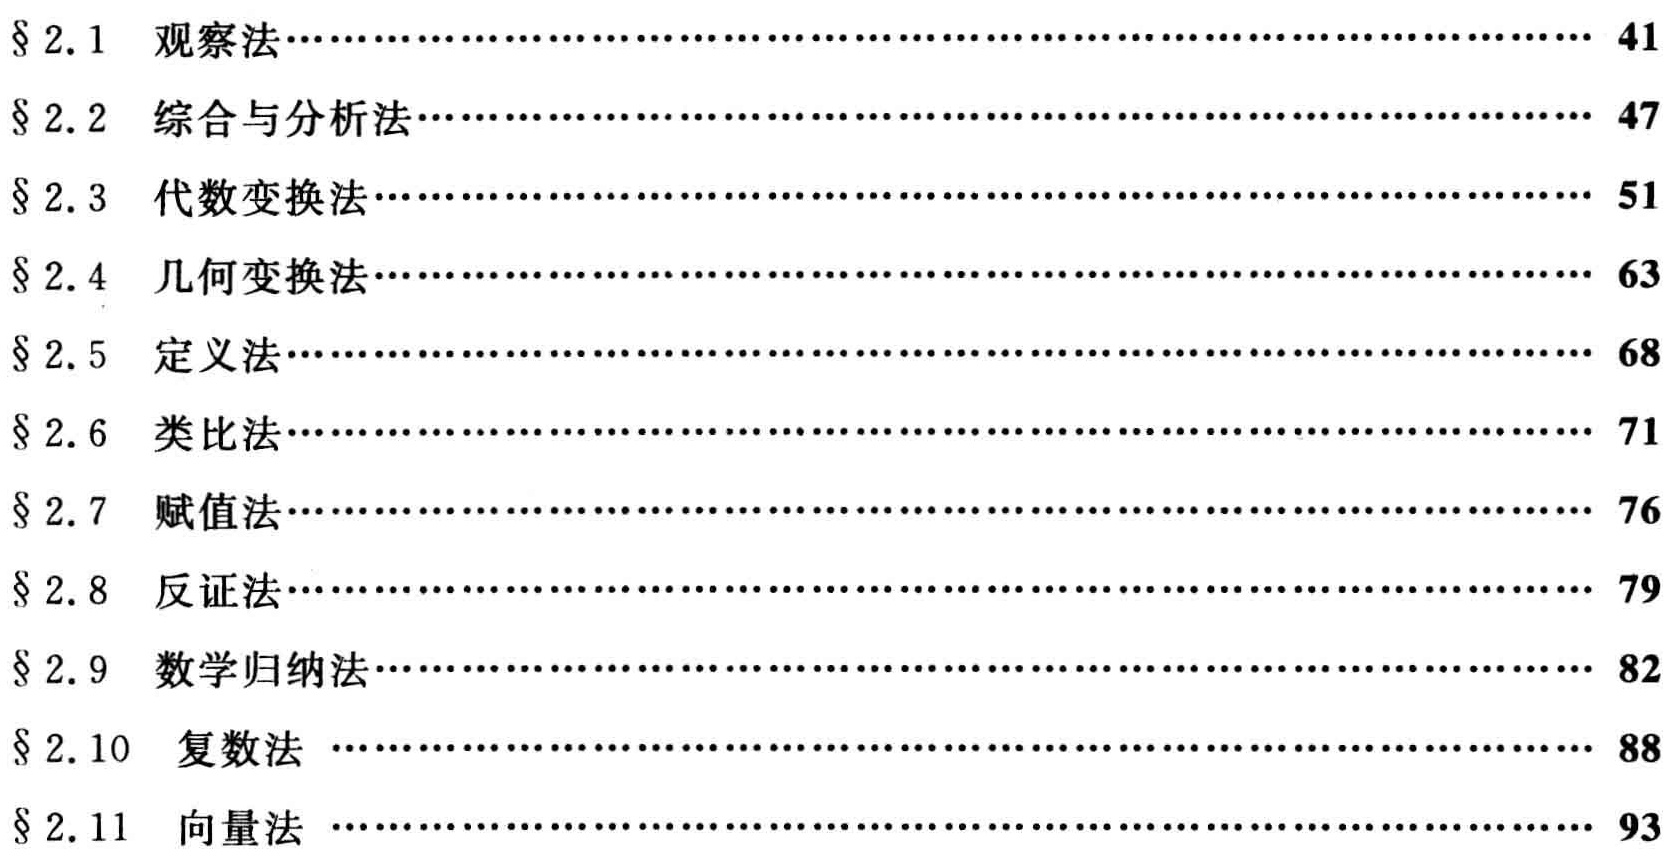
\begin{enumerate}
\item $\S 2.1$ 观察法\hfill 41
\item $\S 2.2$ 综合与分析法\hfill 47
\item $\S 2.3$ 代数变换法\hfill 51
\item $\S 2.4$ 几何变换法\hfill 63
\item $\S 2.5$ 定义法\hfill 68
\item $\S 2.6$ 类比法\hfill 71
\item $\S 2.7$ 赋值法\hfill 76
\item $\S 2.8$ 反证法\hfill 79
\item $\S 2.9$ 数学归纳法\hfill 82
\item $\S 2.10$ 复数法 \hfill 88
\item $\S 2.11$ 向量法 \hfill 93
\end{enumerate}